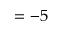
= - 5